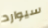
سيوارد